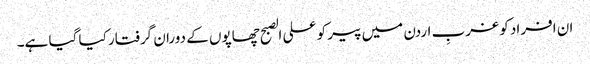
ان افراد کو غربِ اردن میں پیر کو علی الصبح چھاپوں کے دوران گرفتار کیا گیا ہے۔